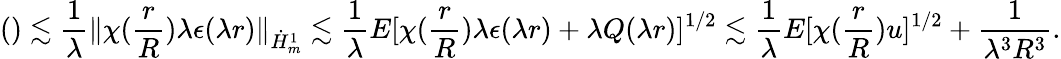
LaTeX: ()\lesssim\frac{1}{\lambda}\| \chi(\frac{r}{R})\lambda\epsilon(\lambda r)\| _{\dot{H}_{m}^{1}}\lesssim\frac{1}{\lambda}E[\chi(\frac{r}{R})\lambda\epsilon(\lambda r)+\lambda Q(\lambda r)]^{1/2}\lesssim\frac{1}{\lambda}E[\chi(\frac{r}{R})u]^{1/2}+\frac{1}{\lambda^{3}R^{3}}.